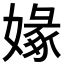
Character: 𡟼